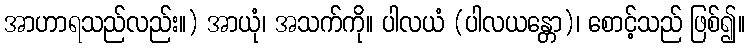
အာဟာရသည်လည်း။) အာယုံ၊ အသက်ကို။ ပါလယံ (ပါလယန္တော)၊ စောင့်သည် ဖြစ်၍။